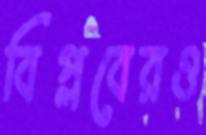
বিপ্লবেরও